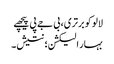
لالو کو برتری، بی جے پی پیچھے
بہار الیکشن؛ نتیش۔